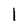
Character: 1